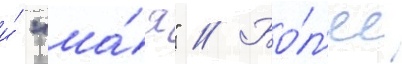
и́ "ма́я" // Бо́л'ее